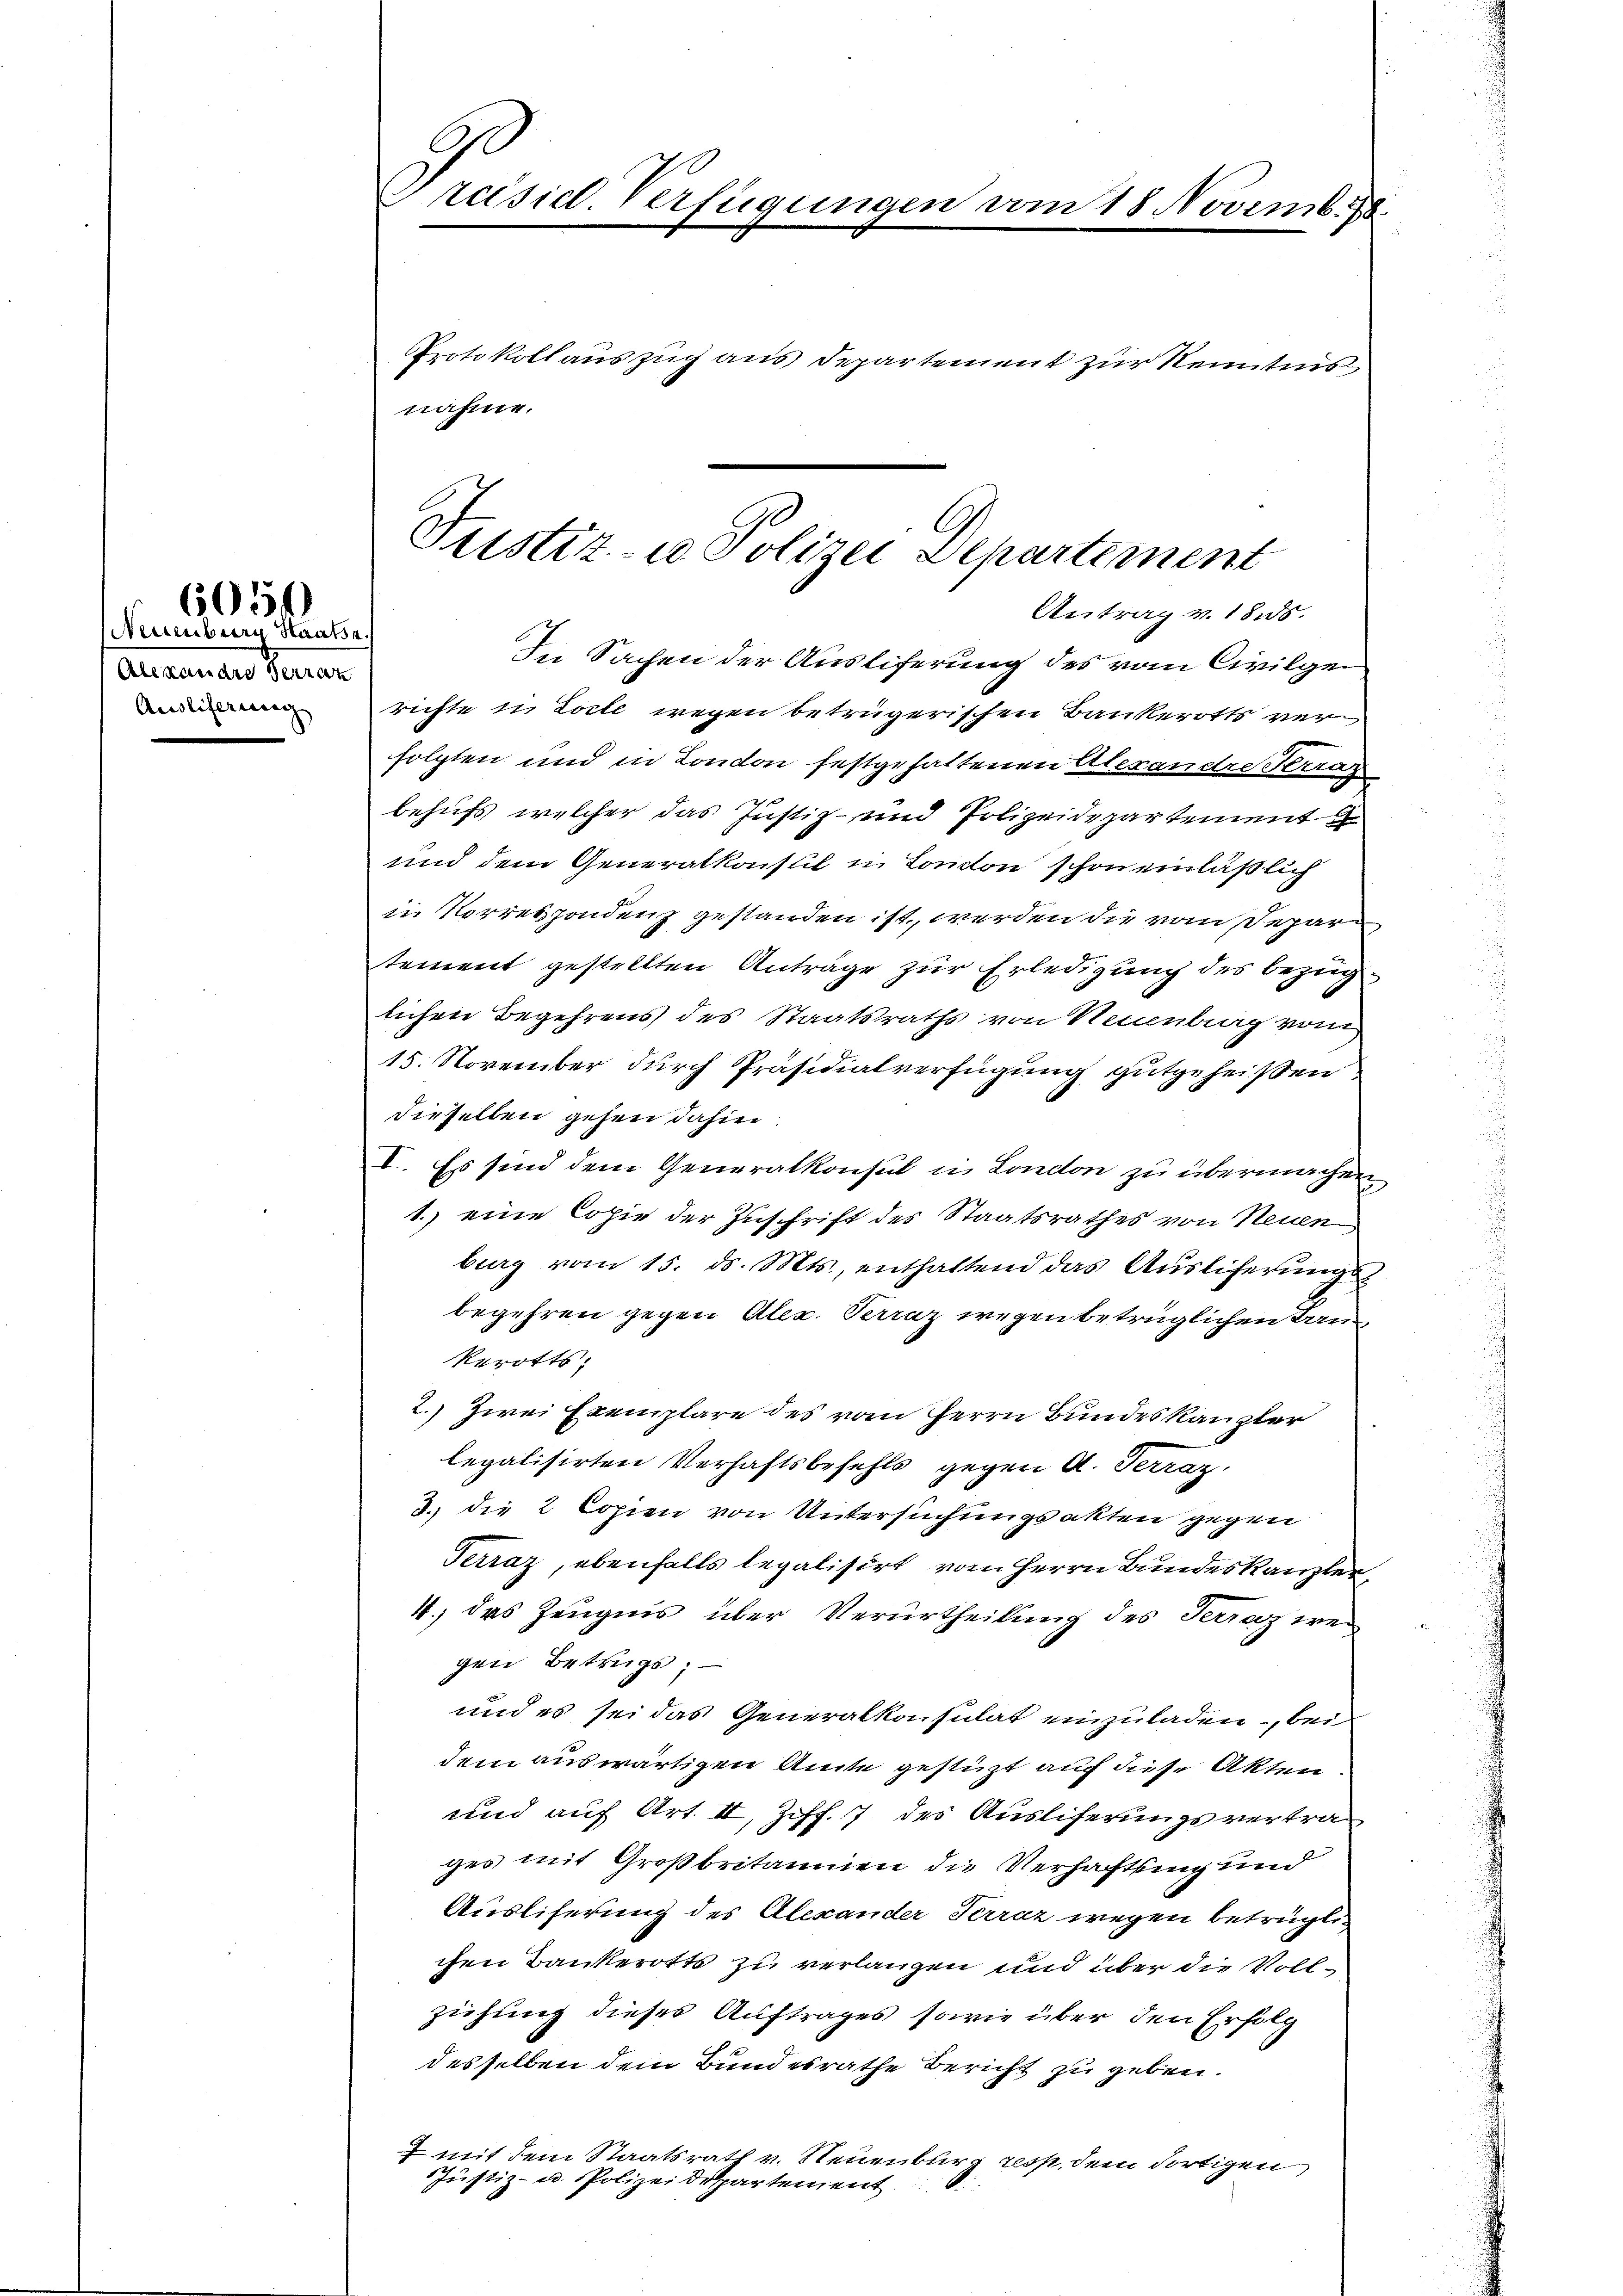
(Neuenburg Staatsa
Alexandre Herren
Auslieferung

6054

Präsicl. Verfügungen vom 18. Novemb. 18

In Sachen der Ausliferung des vom Civilgerichte in Locte wegen betrügerischen Bankerotts ver
folgten und in London festgehaltenen Alexandre Terras
behufs welcher das Justiz- und Polizeidepartement
und dem Generalkonsul in London schon einläßlich
in Korrespondenz gestanden ist, werden die vom Separtement gestellten Anträge zur Erledigung des Bezuglichen Begehrens des Staatsraths von Neuenburg vom
15. November durch Präsidialverfügung gutgeheißen
dieselben gehen dahin.
I. Es sind dem Generalkonsul in London zu übermachen
1.) eine Copie der Zuschrift des Staatsrathes von Neuen
burg vom 15. ds. Mts., enthaltend das Auslicherungs
begehren gegen Alex. Kanz wegen betrüglichen Tan¬
Rerotts:
2.) Zwei Exemplare des vom Herrn Bundeskanzler
legalisirten Verhaftsbefehls gegen A. Terraz.
3. die 2 Copien von Untersuchungsakten gegen
Terraz, ebenfalls legalisirt vom Herrn Bundeskanzler,
4.) des Zeugnis über Verurtheilung des Terraz wegen Betrugs;
und es sei das Generalkonsulat einzuladen, bei
dem auswärtigen Amte gestüzt auf diese Akten
und auf Art. II, Ziff. 7 des Ausliferungsvertrages mit Großbritannien die Verhaftung und
Ausliserung des Alexander Terraz wegen betrügte
chen Bankerotts zu verlangen und über die Vollziehung dieses Auftrages sowie über den Erfolg
desselben dem Bundesrathe Bericht zu geben.
7 mit dem Staatsrath v. Neuenburg resp. dem dortigen
Justiz- u. Polizeidepartement

nahme.

Justiz- u Polizei Departement
Antrag v. 1815.

Protokoll auszug aus Departement zur Kenntnis